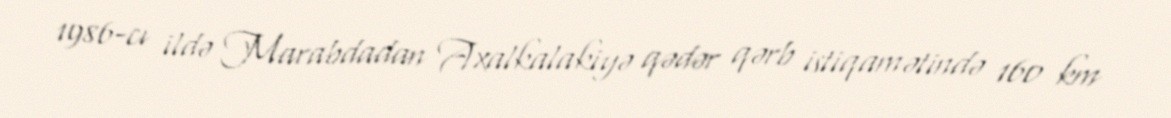
1986-cı ildə Marabdadan Axalkalakiyə qədər qərb istiqamətində 160 km